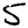
Digit: 5